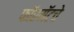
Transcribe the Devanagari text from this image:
फॉरमॅटचे